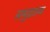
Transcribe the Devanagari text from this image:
समुद्रतळ